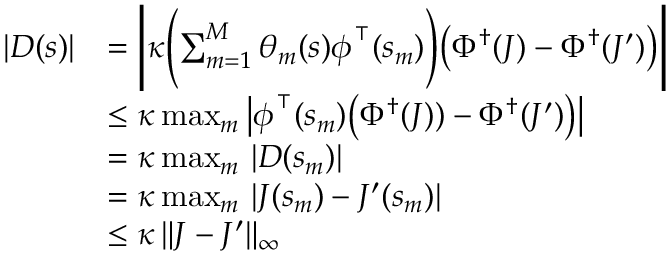
\begin{array} { r l } { | D ( s ) | } & { = \Biggl | \kappa \Biggl ( \sum _ { m = 1 } ^ { M } \theta _ { m } ( s ) \boldsymbol { \phi } ^ { \intercal } ( s _ { m } ) \Biggr ) \bigl ( \Phi ^ { \dagger } ( J ) - \Phi ^ { \dagger } ( J ^ { \prime } ) \bigr ) \Biggr | } \\ & { \leq \kappa \operatorname* { m a x } _ { m } \, \bigl | \boldsymbol { \phi } ^ { \intercal } ( s _ { m } ) \bigl ( \Phi ^ { \dagger } ( J ) ) - \Phi ^ { \dagger } ( J ^ { \prime } ) \bigr ) \bigr | } \\ & { = \kappa \operatorname* { m a x } _ { m } \, | D ( s _ { m } ) | } \\ & { = \kappa \operatorname* { m a x } _ { m } \, | J ( s _ { m } ) - J ^ { \prime } ( s _ { m } ) | } \\ & { \leq \kappa \, \| J - J ^ { \prime } \| _ { \infty } } \end{array}